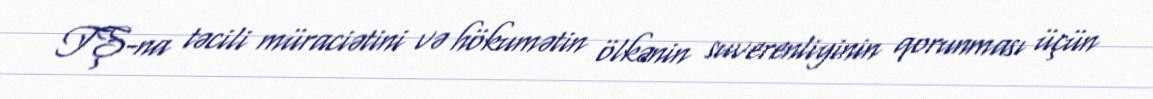
TŞ-na təcili müraciətini və hökumətin ölkənin suverenliyinin qorunması üçün